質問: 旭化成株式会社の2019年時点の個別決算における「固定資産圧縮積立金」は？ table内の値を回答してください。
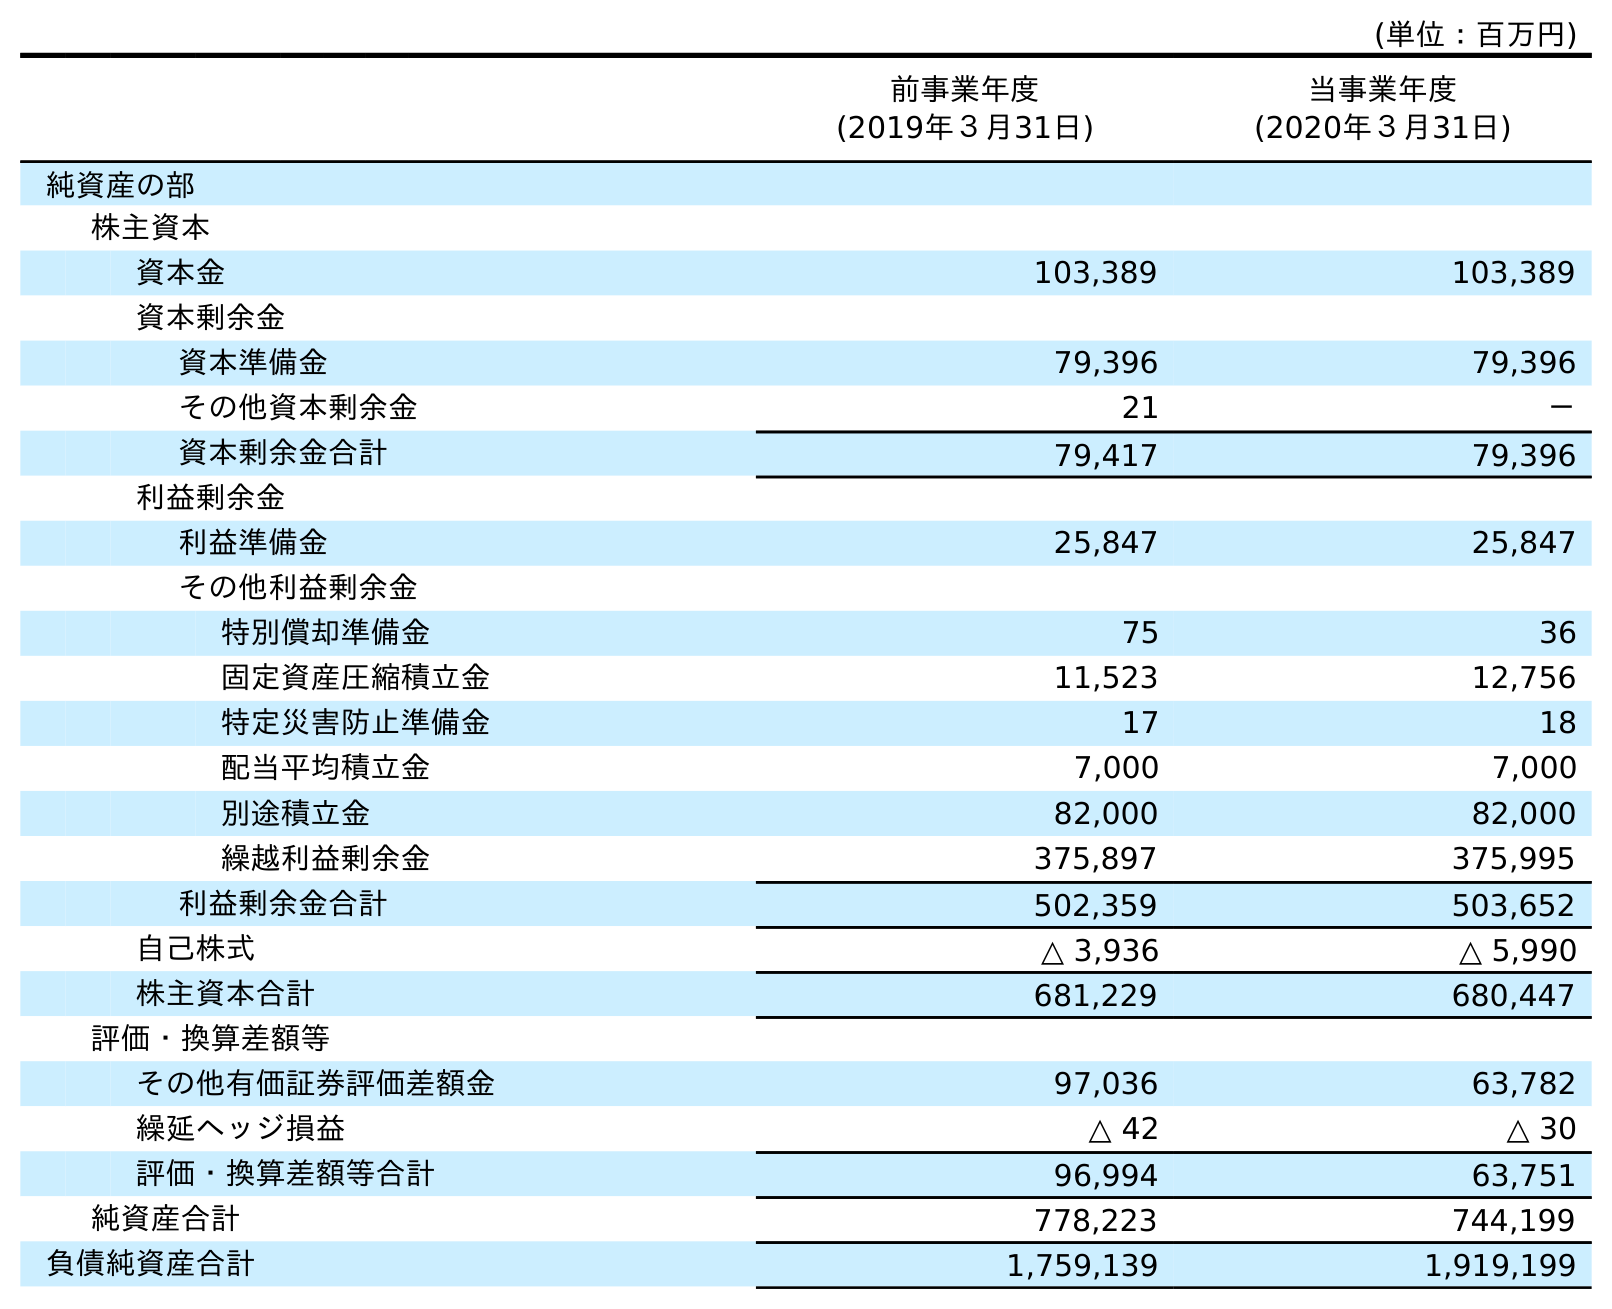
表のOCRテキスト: (単位：百万円) 前事業年度 (2019年３月31日) 当事業年度 (2020年３月31日) 純資産の部 株主資本 資本金 103,389 103,389 資本剰余金 資本準備金 79,396 79,396 その他資本剰余金 21 － 資本剰余金合計 79,417 79,396 利益剰余金 利益準備金 25,847 25,847 その他利益剰余金 特別償却準備金 75 36 固定資産圧縮積立金 11,523 12,756 特定災害防止準備金 17 18 配当平均積立金 7,000 7,000 別途積立金 82,000 82,000 繰越利益剰余金 375,897 375,995 利益剰余金合計 502,359 503,652 自己株式 △ 3,936 △ 5,990 株主資本合計 681,229 680,447 評価・換算差額等 その他有価証券評価差額金 97,036 63,782 繰延ヘッジ損益 △ 42 △ 30 評価・換算差額等合計 96,994 63,751 純資産合計 778,223 744,199 負債純資産合計 1,759,139 1,919,199
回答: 11,523